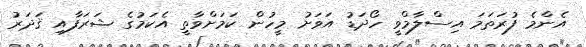
އެންމެ ފުރަތަމަ އިސްލާމްވީ ހޯދަޑު އަވަށު މީހުން ކަމަށްވާތީ އެކަމުގެ ޝަރަފާއި ޤަދަރު